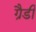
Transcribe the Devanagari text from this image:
ग्रैडी